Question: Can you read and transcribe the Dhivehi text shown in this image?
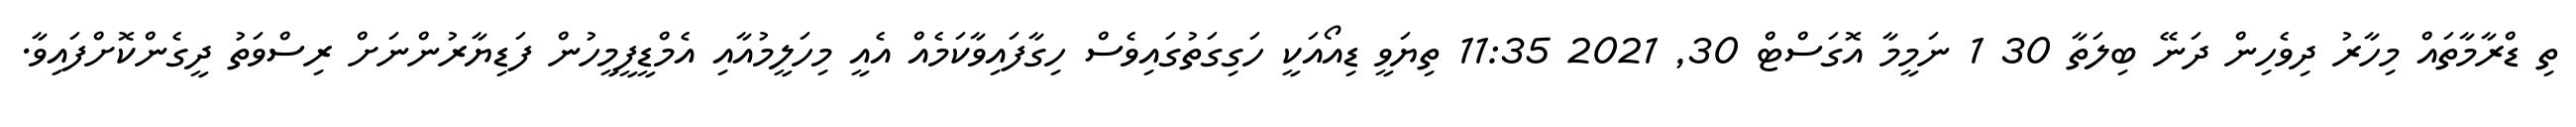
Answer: ތި ޑްރާމާތައް މިހާރު ދިވެހިން ދަނޭ ބިލަތާ 30 1 ނަމީމާ އޮގަސްޓް 30, 2021 11:35 ތިޔަވީ ޑިއޯއަކީ ހަގިގަތުގައިވެސް ހިގާފައިވާކަމެއް އެއީ މިހަލީމުއާއި އެމްޑީފީމީހުން ފަޑިޔާރުންނަށް ރިސްވަތު ދީގެންކޮށްފައިވާ.